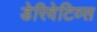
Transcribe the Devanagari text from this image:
डेरिवेटिव्स